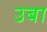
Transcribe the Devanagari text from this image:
उबा